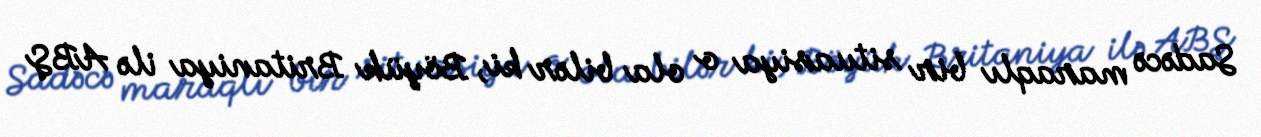
Sadəcə maraqlı bir situasiya o ola bilər ki, Böyük Britaniya ilə ABŞ